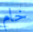
خام